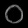
Digit: ၀